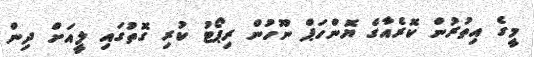
މީގެ އިތުރުން ކޮރެއާގެ ޔޮންހަޕް ނޫހުން ރިޕޯޓު ކުރި ގޮތުގައި ލީއަށް ދިން